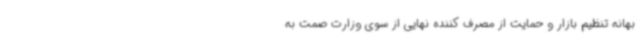
بهانه تنظیم بازار و حمایت از مصرف کننده نهایی از سوی وزارت صمت به